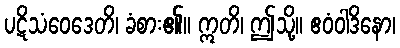
ပဋိသံဝေဒေတိ၊ ခံစား၏။ ဣတိ၊ ဤသို့။ ဧဝံဝါဒိနော၊